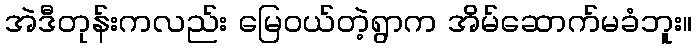
အဲဒီတုန်းကလည်း မြေဝယ်တဲ့ရွာက အိမ်ဆောက်မခံဘူး။